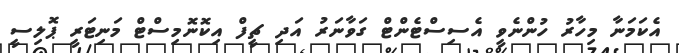
އެކަމަނާ މިހާރު ހުންނެވީ އެސިސްޓެންޓް ގަވާނަރު އަދި ޗީފް އިކޮނޮމިސްޓް މަނިޓަރީ ޕޮލިސީ